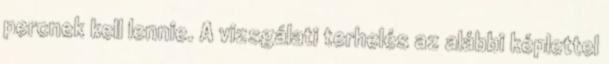
percnek kell lennie. A vizsgálati terhelés az alábbi képlettel